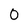
Character: 0